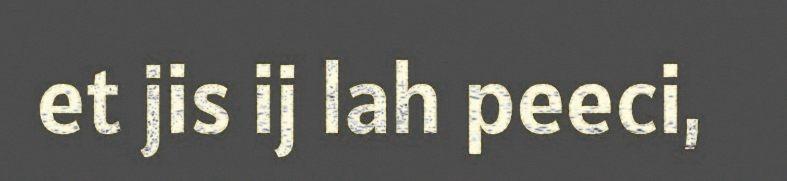
et jis ij lah peeci,